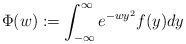
\begin{align*}\Phi(w):=\int_{-\infty}^{\infty} e^{-wy^2}f(y) dy\end{align*}